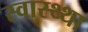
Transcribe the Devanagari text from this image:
स्वास्थ्था